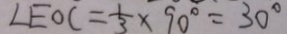
\angle E O C = \frac { 1 } { 3 } \times 9 0 ^ { \circ } = 3 0 ^ { \circ }